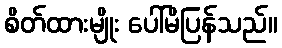
စိတ်ထားမျိုး ပေါ်မိပြန်သည်။